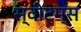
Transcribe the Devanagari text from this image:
स्वीटम्स